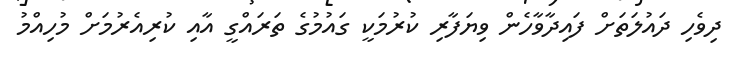
ދިވެހި ދައުލަތަށް ފައިދާވާހެން ވިޔަފާރި ކުރުމަކީ ގައުމުގެ ތަރައްގީ އާއި ކުރިއެރުމަށް މުހިއްމު